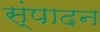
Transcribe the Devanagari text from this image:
स्ंपादन